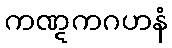
ကဏ္ဋကဂဟနံ